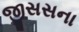
જીસસના